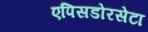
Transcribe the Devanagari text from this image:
एपिसडोरसेटा